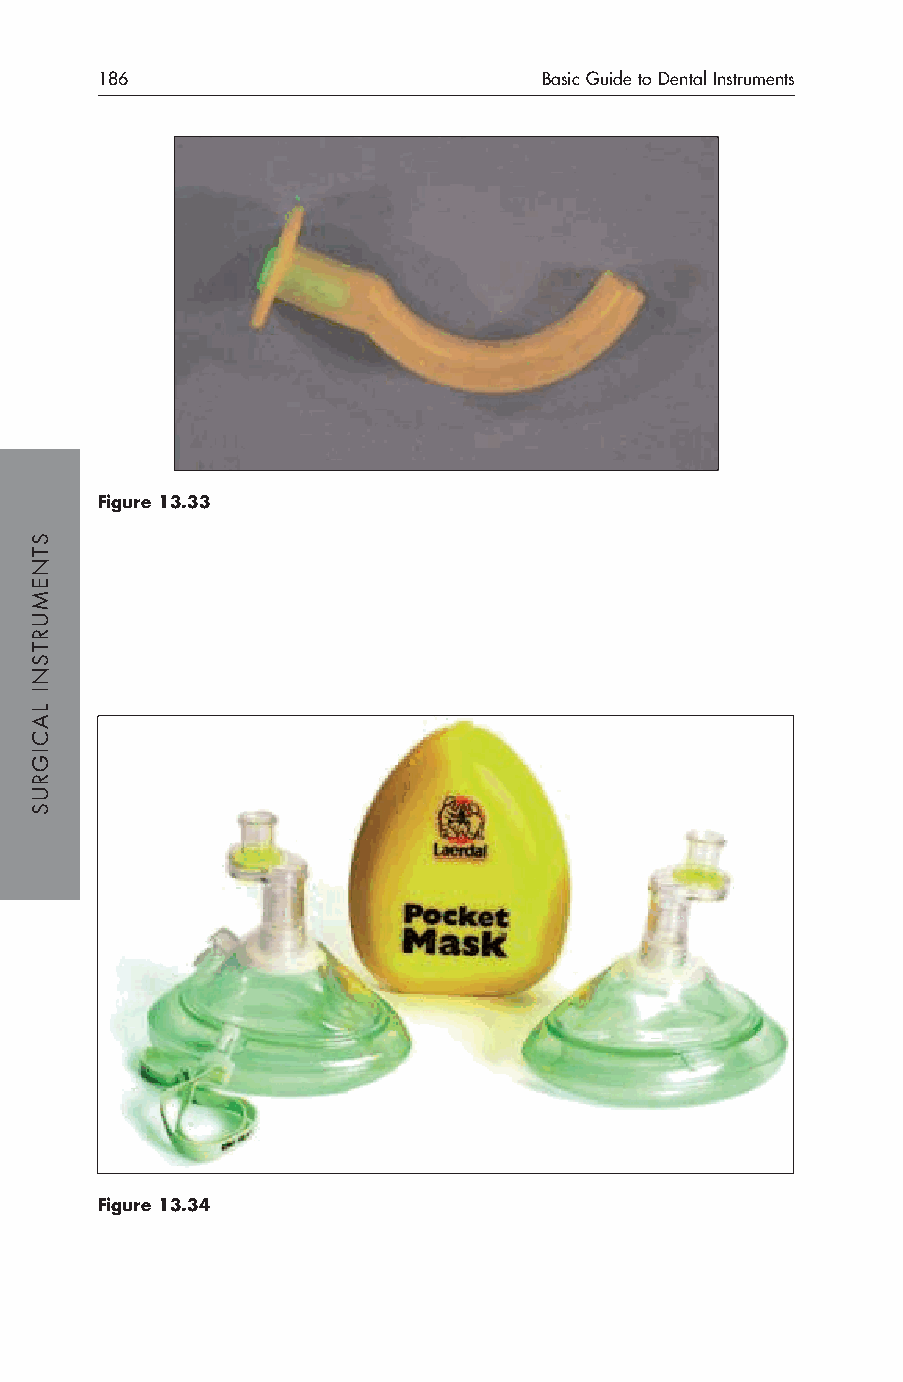
186                           Basic Guide to Dental Instruments
 Figure 13.33
 Figure 13.34
 STNEMURTSNI
 LACIGRUS